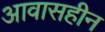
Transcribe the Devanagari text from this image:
आवासहीन